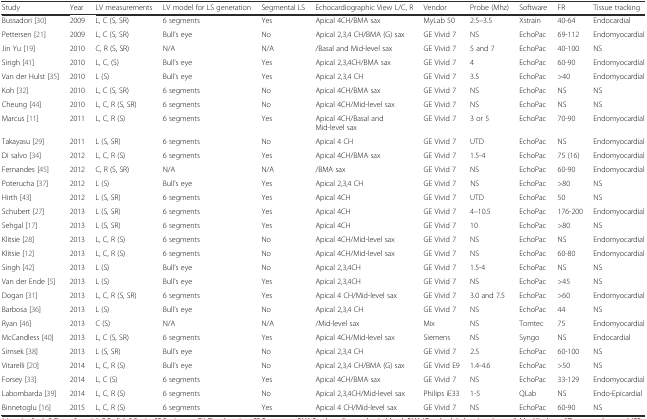
<table><thead><tr><td><b>Study</b></td><td><b>Year</b></td><td><b>LV measurements</b></td><td><b>LV model for LS generation</b></td><td><b>Segmental LS</b></td><td><b>Echocardiographic View L/C, R</b></td><td><b>Vendor</b></td><td><b>Probe (Mhz)</b></td><td><b>Software</b></td><td><b>FR</b></td><td><b>Tissue tracking</b></td></tr></thead><tbody><tr><td>Bussadori [30]</td><td>2009</td><td>L, C (S, SR)</td><td>6 segments</td><td>Yes</td><td>Apical 4CH/BMA sax</td><td>MyLab 50</td><td>2.5–3.5</td><td>Xstrain</td><td>40-64</td><td>Endocardial</td></tr><tr><td>Pettersen [21]</td><td>2009</td><td>L, C (S, SR)</td><td>Bull’s eye</td><td>No</td><td>Apical 2,3,4 CH/BMA (G) sax</td><td>GE Vivid 7</td><td>NS</td><td>EchoPac</td><td>69-112</td><td>Endomyocardial</td></tr><tr><td>Jin Yu [19]</td><td>2010</td><td>C, R (S, SR)</td><td>N/A</td><td>N/A</td><td>/Basal and Mid-level sax</td><td>GE Vivid 7</td><td>5 and 7</td><td>EchoPac</td><td>40-100</td><td>NS</td></tr><tr><td>Singh [41]</td><td>2010</td><td>L, C, (S)</td><td>Bull’s eye</td><td>Yes</td><td>Apical 2,3,4CH/BMA sax</td><td>GE Vivid 7</td><td>4</td><td>EchoPac</td><td>60-90</td><td>Endomyocardial</td></tr><tr><td>Van der Hulst [35]</td><td>2010</td><td>L (S)</td><td>Bull’s eye</td><td>Yes</td><td>Apical 2,3,4 CH</td><td>GE Vivid 7</td><td>3.5</td><td>EchoPac</td><td>&gt;40</td><td>Endomyocardial</td></tr><tr><td>Koh [32]</td><td>2010</td><td>L, C (S, SR)</td><td>6 segments</td><td>No</td><td>Apical 4CH/BMA sax</td><td>GE Vivid 7</td><td>NS</td><td>EchoPac</td><td>NS</td><td>NS</td></tr><tr><td>Cheung [44]</td><td>2010</td><td>L, C, R (S, SR)</td><td>6 segments</td><td>No</td><td>Apical 4CH/Mid-level sax</td><td>GE Vivid 7</td><td>NS</td><td>EchoPac</td><td>NS</td><td>NS</td></tr><tr><td>Marcus [11]</td><td>2011</td><td>L, C, R (S)</td><td>6 segments</td><td>Yes</td><td>Apical 4CH/Basal and Mid-level sax</td><td>GE Vivid 7</td><td>3 or 5</td><td>EchoPac</td><td>70-90</td><td>Endomyocardial</td></tr><tr><td>Takayasu [29]</td><td>2011</td><td>L (S, SR)</td><td>6 segments</td><td>No</td><td>Apical 4 CH</td><td>GE Vivid 7</td><td>UTD</td><td>EchoPac</td><td>NS</td><td>Endomyocardial</td></tr><tr><td>Di salvo [34]</td><td>2012</td><td>L, C, R (S)</td><td>6 segments</td><td>Yes</td><td>Apical 4CH/BMA sax</td><td>GE Vivid 7</td><td>1.5-4</td><td>EchoPac</td><td>75 (16)</td><td>Endomyocardial</td></tr><tr><td>Fernandes [45]</td><td>2012</td><td>C, R (S, SR)</td><td>N/A</td><td>N/A</td><td>/BMA sax</td><td>GE Vivid 7</td><td>NS</td><td>EchoPac</td><td>60-90</td><td>Endomyocardial</td></tr><tr><td>Poterucha [37]</td><td>2012</td><td>L (S)</td><td>Bull’s eye</td><td>Yes</td><td>Apical 2,3,4 CH</td><td>GE Vivid 7</td><td>NS</td><td>EchoPac</td><td>&gt;80</td><td>NS</td></tr><tr><td>Hirth [43]</td><td>2012</td><td>L (S, SR)</td><td>6 segments</td><td>Yes</td><td>Apical 4CH</td><td>GE Vivid 7</td><td>UTD</td><td>EchoPac</td><td>50</td><td>NS</td></tr><tr><td>Schubert [27]</td><td>2013</td><td>L (S, SR)</td><td>6 segments</td><td>Yes</td><td>Apical 4CH</td><td>GE Vivid 7</td><td>4–10.5</td><td>EchoPac</td><td>176-200</td><td>Endomyocardial</td></tr><tr><td>Sehgal [17]</td><td>2013</td><td>L (S, SR)</td><td>6 segments</td><td>Yes</td><td>Apical 4CH</td><td>GE Vivid 7</td><td>10</td><td>EchoPac</td><td>&gt;80</td><td>NS</td></tr><tr><td>Klitsie [28]</td><td>2013</td><td>L, C, R (S)</td><td>6 segments</td><td>No</td><td>Apical 4CH/Mid-level sax</td><td>GE Vivid 7</td><td>NS</td><td>EchoPac</td><td>NS</td><td>Endomyocardial</td></tr><tr><td>Klitsie [12]</td><td>2013</td><td>L, C, R (S)</td><td>6 segments</td><td>No</td><td>Apical 4CH/Mid-level sax</td><td>GE Vivid 7</td><td>NS</td><td>EchoPac</td><td>60-80</td><td>Endomyocardial</td></tr><tr><td>Singh [42]</td><td>2013</td><td>L (S)</td><td>Bull’s eye</td><td>No</td><td>Apical 2,3,4CH</td><td>GE Vivid 7</td><td>1.5-4</td><td>EchoPac</td><td>NS</td><td>NS</td></tr><tr><td>Van der Ende [5]</td><td>2013</td><td>L (S)</td><td>Bull’s eye</td><td>Yes</td><td>Apical 2,3,4CH</td><td>GE Vivid 7</td><td>NS</td><td>EchoPac</td><td>&gt;45</td><td>NS</td></tr><tr><td>Dogan [31]</td><td>2013</td><td>L, C, R (S, SR)</td><td>6 segments</td><td>Yes</td><td>Apical 4 CH/Mid-level sax</td><td>GE Vivid 7</td><td>3.0 and 7.5</td><td>EchoPac</td><td>&gt;60</td><td>Endomyocardial</td></tr><tr><td>Barbosa [36]</td><td>2013</td><td>L (S)</td><td>Bull’s eye</td><td>No</td><td>Apical 2,3,4 CH</td><td>GE Vivid 7</td><td>NS</td><td>EchoPac</td><td>44</td><td>NS</td></tr><tr><td>Ryan [46]</td><td>2013</td><td>C (S)</td><td>N/A</td><td>N/A</td><td>/Mid-level sax</td><td>Mix</td><td>NS</td><td>Tomtec</td><td>75</td><td>Endomyocardial</td></tr><tr><td>McCandless [40]</td><td>2013</td><td>L, C (S, SR)</td><td>6 segments</td><td>Yes</td><td>Apical 4CH/Mid-level sax</td><td>Siemens</td><td>NS</td><td>Syngo</td><td>NS</td><td>Endocardial</td></tr><tr><td>Simsek [38]</td><td>2013</td><td>L (S, SR)</td><td>Bull’s eye</td><td>No</td><td>Apical 2,3,4 CH</td><td>GE Vivid 7</td><td>2.5</td><td>EchoPac</td><td>60-100</td><td>NS</td></tr><tr><td>Vitarelli [20]</td><td>2014</td><td>L, C, R (S)</td><td>Bull’s eye</td><td>No</td><td>Apical 2,3,4 CH/BMA (G) sax</td><td>GE Vivid E9</td><td>1.4-4.6</td><td>EchoPac</td><td>&gt;50</td><td>NS</td></tr><tr><td>Forsey [33]</td><td>2014</td><td>L, C (S)</td><td>6 segments</td><td>Yes</td><td>Apical 4CH/BMA sax</td><td>GE Vivid 7</td><td>NS</td><td>EchoPac</td><td>33-129</td><td>Endomyocardial</td></tr><tr><td>Labombarda [39]</td><td>2014</td><td>L, C, R (S)</td><td>6 segments</td><td>No</td><td>Apical 2,3,4CH/Mid-level sax</td><td>Philips iE33</td><td>1-5</td><td>QLab</td><td>NS</td><td>Endo-Epicardial</td></tr><tr><td>Binnetoglu [16]</td><td>2015</td><td>L, C, R (S)</td><td>6 segments</td><td>Yes</td><td>Apical 4 CH/Mid-level sax</td><td>GE Vivid 7</td><td>NS</td><td>EchoPac</td><td>60-90</td><td>NS</td></tr></tbody></table>